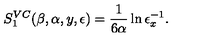
S _ { 1 } ^ { V C } ( \beta , \alpha , y , \epsilon ) = { \frac { 1 } { 6 \alpha } } \ln { \epsilon _ { x } ^ { - 1 } } .